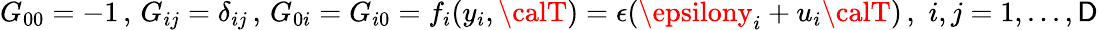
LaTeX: G_{00}=-1\, ,\, G_{ij}=\delta_{ij}\, ,\, G_{0i}=G_{i0}=f_{i}(y_{i},{\calT})=\epsilon(\epsilony_{i}+u_{i}{\calT})\, ,\, \, i,j=1,...,\mathsf{D}